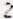
2